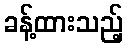
ခန့်ထားသည့်